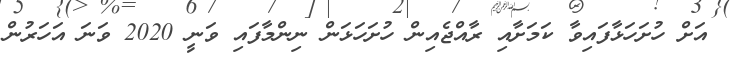
އަށް ހުށަހަޅާފައިވާ ކަމަށާއި ރާއްޖެއިން ހުށަހަޅަން ނިންމާފައި ވަނީ 2020 ވަނަ އަހަރުން